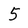
Character: 5